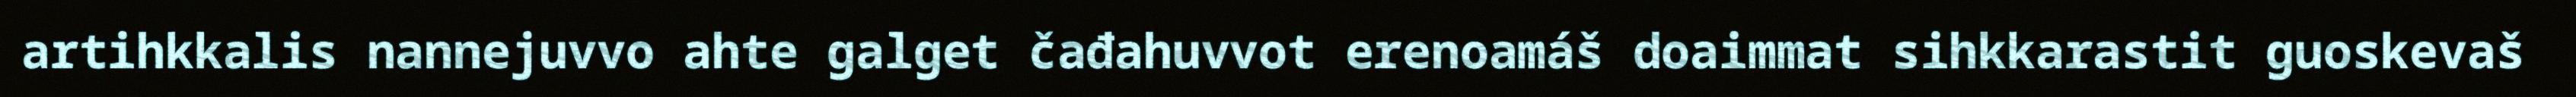
artihkkalis nannejuvvo ahte galget čađahuvvot erenoamáš doaimmat sihkkarastit guoskevaš